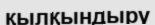
қылқындыру